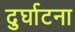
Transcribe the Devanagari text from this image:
दुर्घाटना